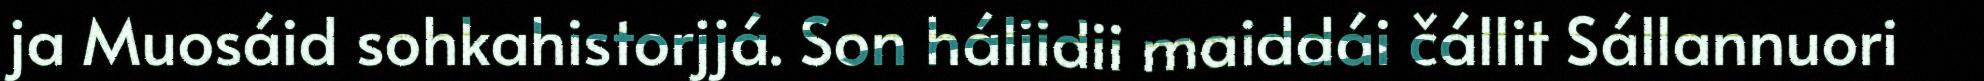
ja Muosáid sohkahistorjjá. Son háliidii maiddái čállit Sállannuori